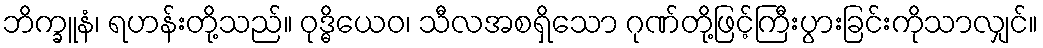
ဘိက္ခူနံ၊ ရဟန်းတို့သည်။ ဝုဒ္ဓိယေဝ၊ သီလအစရှိသော ဂုဏ်တို့ဖြင့်ကြီးပွားခြင်းကိုသာလျှင်။